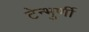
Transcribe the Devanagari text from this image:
टेन्भुर्णी